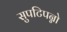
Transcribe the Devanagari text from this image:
सुपटिपन्नो